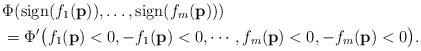
LaTeX: \begin{align*}&\Phi(\mbox{sign}(f_1(\mathbf{p})),\dots, \mbox{sign}(f_m(\mathbf{p})))\\&=\Phi'\big(f_1(\mathbf{p})<0, -f_1(\mathbf{p})<0, \cdots, f_m(\mathbf{p})<0, -f_m(\mathbf{p})<0\big).\end{align*}